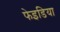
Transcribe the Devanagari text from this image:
फेइडिया